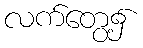
လက်တွေ့၌